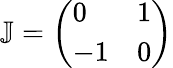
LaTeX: \mathbb{J}=\left(\begin{array}{ll}{0}&{1}\\ {-1}&{0}\end{array}\right)